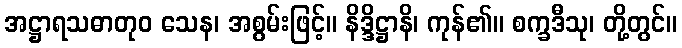
အဋ္ဌာရသဓာတုဝ သေန၊ အစွမ်းဖြင့်။ နိဒ္ဒိဋ္ဌာနိ၊ ကုန်၏။ စက္ခဒီသု၊ တို့တွင်။